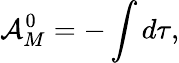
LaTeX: {\cal A}_{M}^{0}=-\int d\tau,